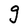
Character: g